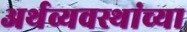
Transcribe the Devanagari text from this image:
अर्थव्यवस्थांच्या